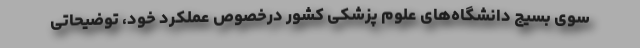
سوی بسیج دانشگاه‌‌های علوم پزشکی کشور درخصوص عملکرد خود، توضیحاتی